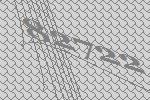
82722